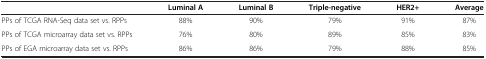
|  | Luminal A | Luminal B | Triple-negative | HER2+ | Average |
 | --- | --- | --- | --- | --- | --- |
 | PPs of TCGA RNA-Seq data set vs. RPPs | 88% | 90% | 79% | 91% | 87% |
 | PPs of TCGA microarray data set vs. RPPs | 76% | 80% | 89% | 85% | 83% |
 | PPs of EGA microarray data set vs. RPPs | 86% | 86% | 79% | 88% | 85% |